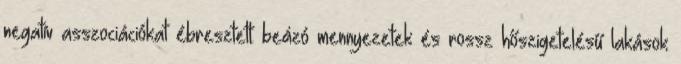
negatív asszociációkat ébresztett: beázó mennyezetek és rossz hőszigetelésű lakások